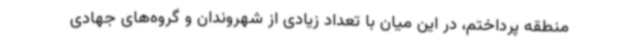
منطقه پرداختم، در این میان با تعداد زیادی از شهروندان و گروه‌های جهادی